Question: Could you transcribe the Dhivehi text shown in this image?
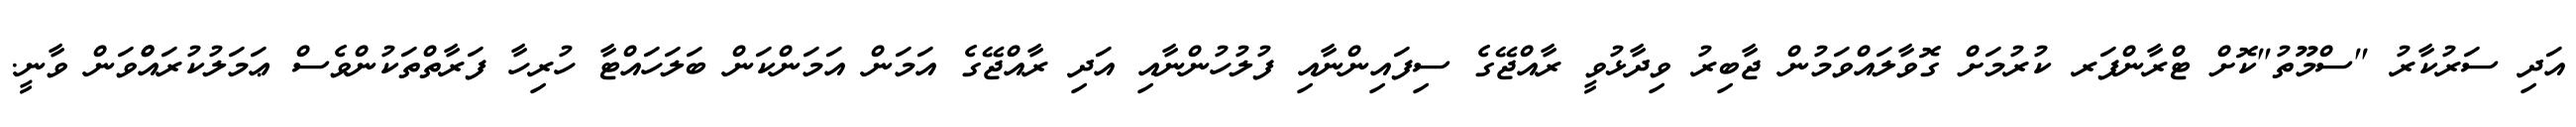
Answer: އަދި ސަރުކާރު "ސްމޫތު"ކޮށް ޓްރާންފަރ ކުރުމަށް ގޮވާލައްވަމުން ޖާބިރު ވިދާޅުވީ ރާއްޖޭގެ ސިފައިންނާއި ފުލުހުންނާއި އަދި ރާއްޖޭގެ އަމަން އަމަންކަން ބަލަހައްޓާ ހުރިހާ ފަރާތްތަކުންވެސް ޢަމަލުކުރައްްވަން ވާނީ.